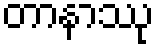
တာနာဿု